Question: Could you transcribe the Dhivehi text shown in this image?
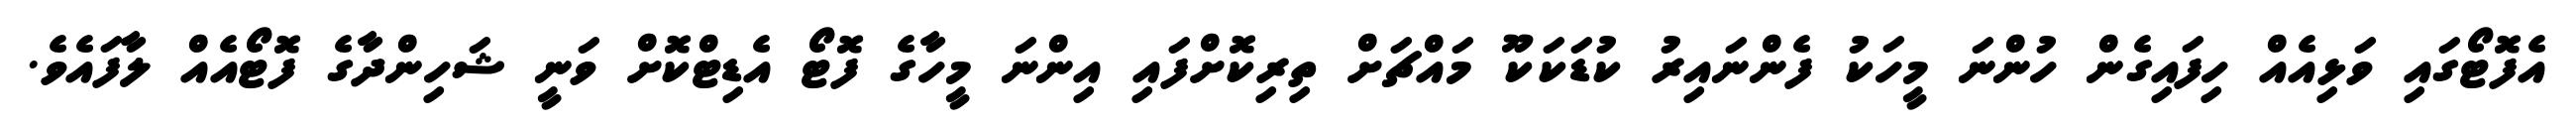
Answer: އެފޮޓޯގައި ވަޅިއެއް ހިފައިގެން ހުންނަ މީހަކު ފެންނައިރު ކުޑަކަކޫ މައްޗަށް ތިރިކޮށްފައި އިންނަ މީހާގެ ފޮޓޯ އެޑިޓްކޮށް ވަނީ ޝަހިންދާގެ ފޮޓޯއެއް ލާފައެވެ.